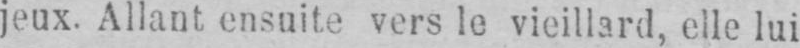
jeux. Allant ensuite vers le vieillard, elle lui